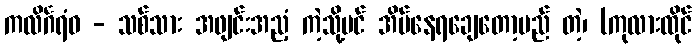
ကလိင်္ဂရံဝ - သစ်သား အဖျင်းအညံ့ ကဲ့သို့ပင် အိပ်နေရချေတော့မည် တဲ့၊ (ကုလားထိုင်